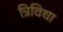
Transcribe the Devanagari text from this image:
त्रिविधा